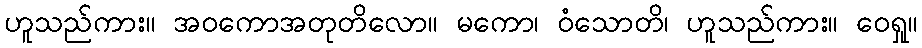
ဟူသည်ကား။ အဝကောအတုတိလော။ မကော၊ ဝံသောတိ၊ ဟူသည်ကား။ ဝေရှု။